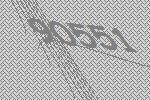
90551